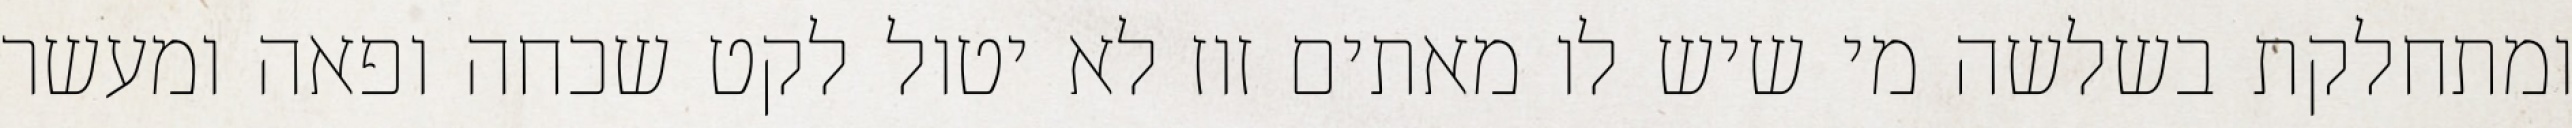
ומתחלקת בשלשה מי שיש לו מאתים זוז לא יטול לקט שכחה ופאה ומעשר